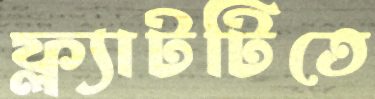
ফ্ল্যাটটিতে